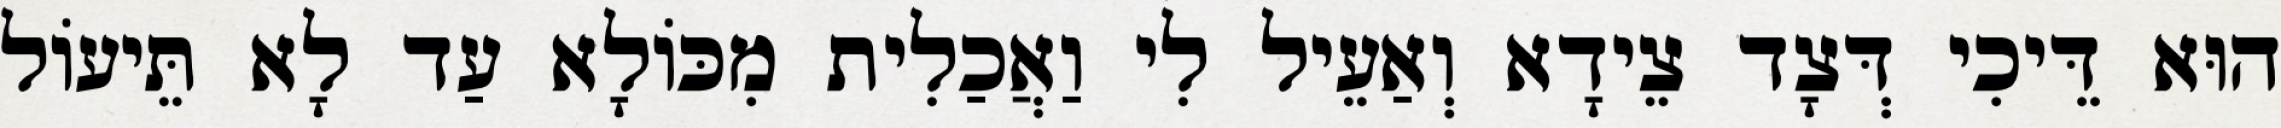
הוּא דֵּיכִי דְּצָד צֵידָא וְאַעֵיל לִי וַאֲכַלִית מִכּוֹלָא עַד לָא תֵּיעוֹל